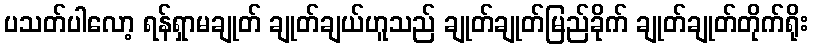
ပသတ်ပါလော့ ရန်ရှာမချုတ် ချုတ်ချယ်ဟူသည် ချုတ်ချုတ်မြည်ခိုက် ချုတ်ချုတ်တိုက်ရိုး